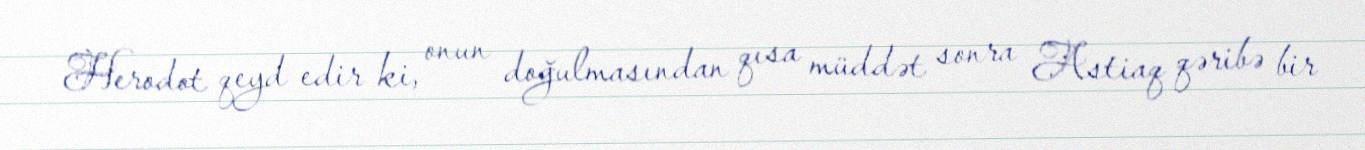
Herodot qeyd edir ki, onun doğulmasından qısa müddət sonra Astiaq qəribə bir